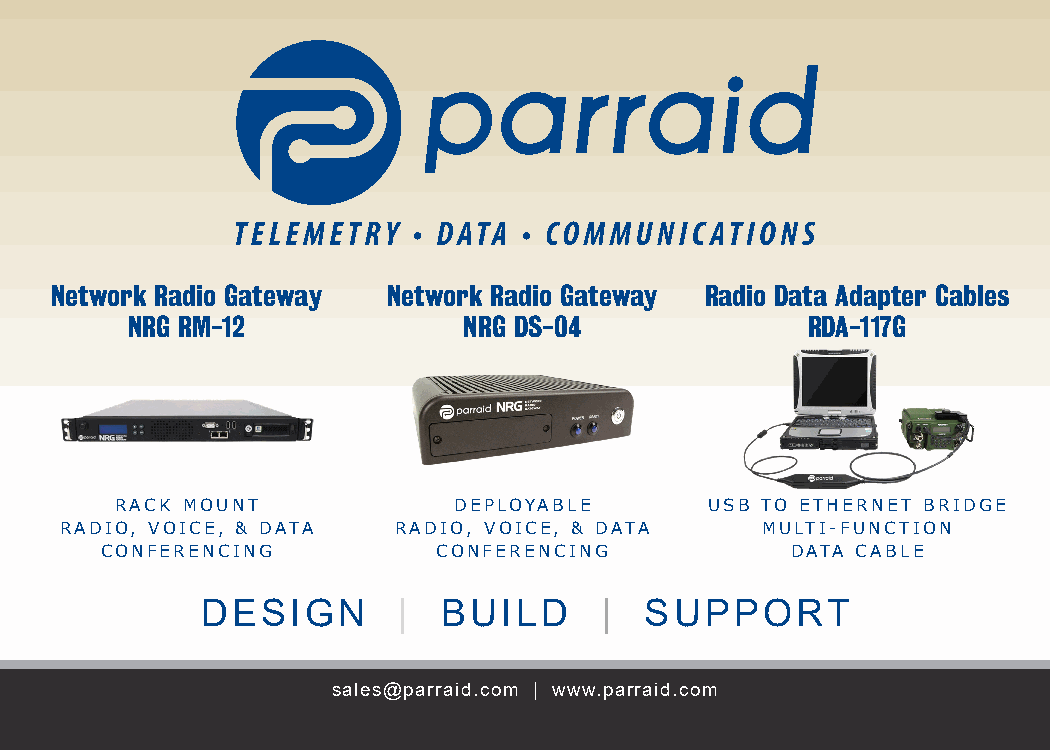
Network Radio Gateway  Network Radio Gateway Radio Data Adapter Cables
 NRG RM-12              NRG DS-04              RDA-117G
 RACK MOUNT            DEPLOYABLE       USB TO ETHERNET BRIDGE
 RADIO, VOICE, & DATA  RADIO, VOICE, & DATA    MULTI-FUNCTION
 CONFERENCING          CONFERENCING           DATA CABLE
 DESIGN       |  BUILD      |  SUPPORT
 sales@parraid.com | www.parraid.com